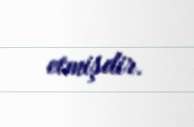
etmişdir.